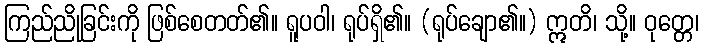
ကြည်ညိုခြင်းကို ဖြစ်စေတတ်၏။ ရူပဝါ၊ ရုပ်ရှိ၏။ (ရုပ်ချော၏။) ဣတိ၊ သို့။ ဝုတ္တေ၊